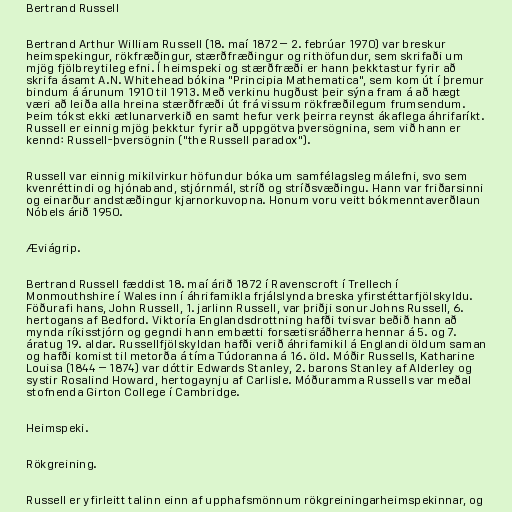
Bertrand Russell

Bertrand Arthur William Russell (18. maí 1872 – 2. febrúar 1970) var breskur
heimspekingur, rökfræðingur, stærðfræðingur og rithöfundur, sem skrifaði um
mjög fjölbreytileg efni. Í heimspeki og stærðfræði er hann þekktastur fyrir að
skrifa ásamt A.N. Whitehead bókina "Principia Mathematica", sem kom út í þremur
bindum á árunum 1910 til 1913. Með verkinu hugðust þeir sýna fram á að hægt
væri að leiða alla hreina stærðfræði út frá vissum rökfræðilegum frumsendum.
Þeim tókst ekki ætlunarverkið en samt hefur verk þeirra reynst ákaflega áhrifaríkt.
Russell er einnig mjög þekktur fyrir að uppgötva þversögnina, sem við hann er
kennd: Russell-þversögnin ("the Russell paradox").

Russell var einnig mikilvirkur höfundur bóka um samfélagsleg málefni, svo sem
kvenréttindi og hjónaband, stjórnmál, stríð og stríðsvæðingu. Hann var friðarsinni
og einarður andstæðingur kjarnorkuvopna. Honum voru veitt bókmenntaverðlaun
Nóbels árið 1950.

Æviágrip.

Bertrand Russell fæddist 18. maí árið 1872 í Ravenscroft í Trellech í
Monmouthshire í Wales inn í áhrifamikla frjálslynda breska yfirstéttarfjölskyldu.
Föðurafi hans, John Russell, 1. jarlinn Russell, var þriðji sonur Johns Russell, 6.
hertogans af Bedford. Viktoría Englandsdrottning hafði tvisvar beðið hann að
mynda ríkisstjórn og gegndi hann embætti forsætisráðherra hennar á 5. og 7.
áratug 19. aldar. Russellfjölskyldan hafði verið áhrifamikil á Englandi öldum saman
og hafði komist til metorða á tíma Túdoranna á 16. öld. Móðir Russells, Katharine
Louisa (1844 – 1874) var dóttir Edwards Stanley, 2. barons Stanley af Alderley og
systir Rosalind Howard, hertogaynju af Carlisle. Móðuramma Russells var meðal
stofnenda Girton College í Cambridge.

Heimspeki.

Rökgreining.

Russell er yfirleitt talinn einn af upphafsmönnum rökgreiningarheimspekinnar, og